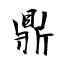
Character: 鼎